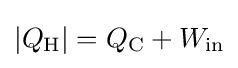
|Q_{\rm {H}}|=Q_{\rm {C}}+W_{\rm {in}}